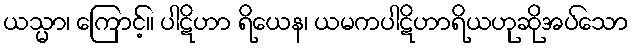
ယသ္မာ၊ ကြောင့်။ ပါဋိဟာ ရိယေန၊ ယမကပါဋိဟာရိယဟုဆိုအပ်သော